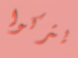
يتركوا